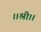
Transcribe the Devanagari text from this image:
।।श्री।।